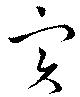
實